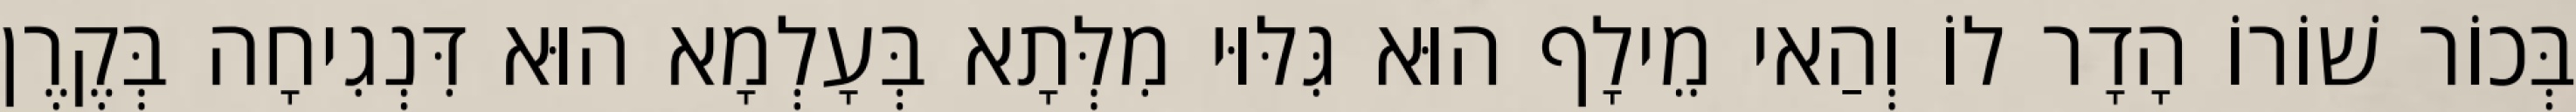
בְּכוֹר שׁוֹרוֹ הָדָר לוֹ וְהַאי מֵילָף הוּא גִּלּוּי מִלְּתָא בְּעָלְמָא הוּא דִּנְגִיחָה בְּקֶרֶן